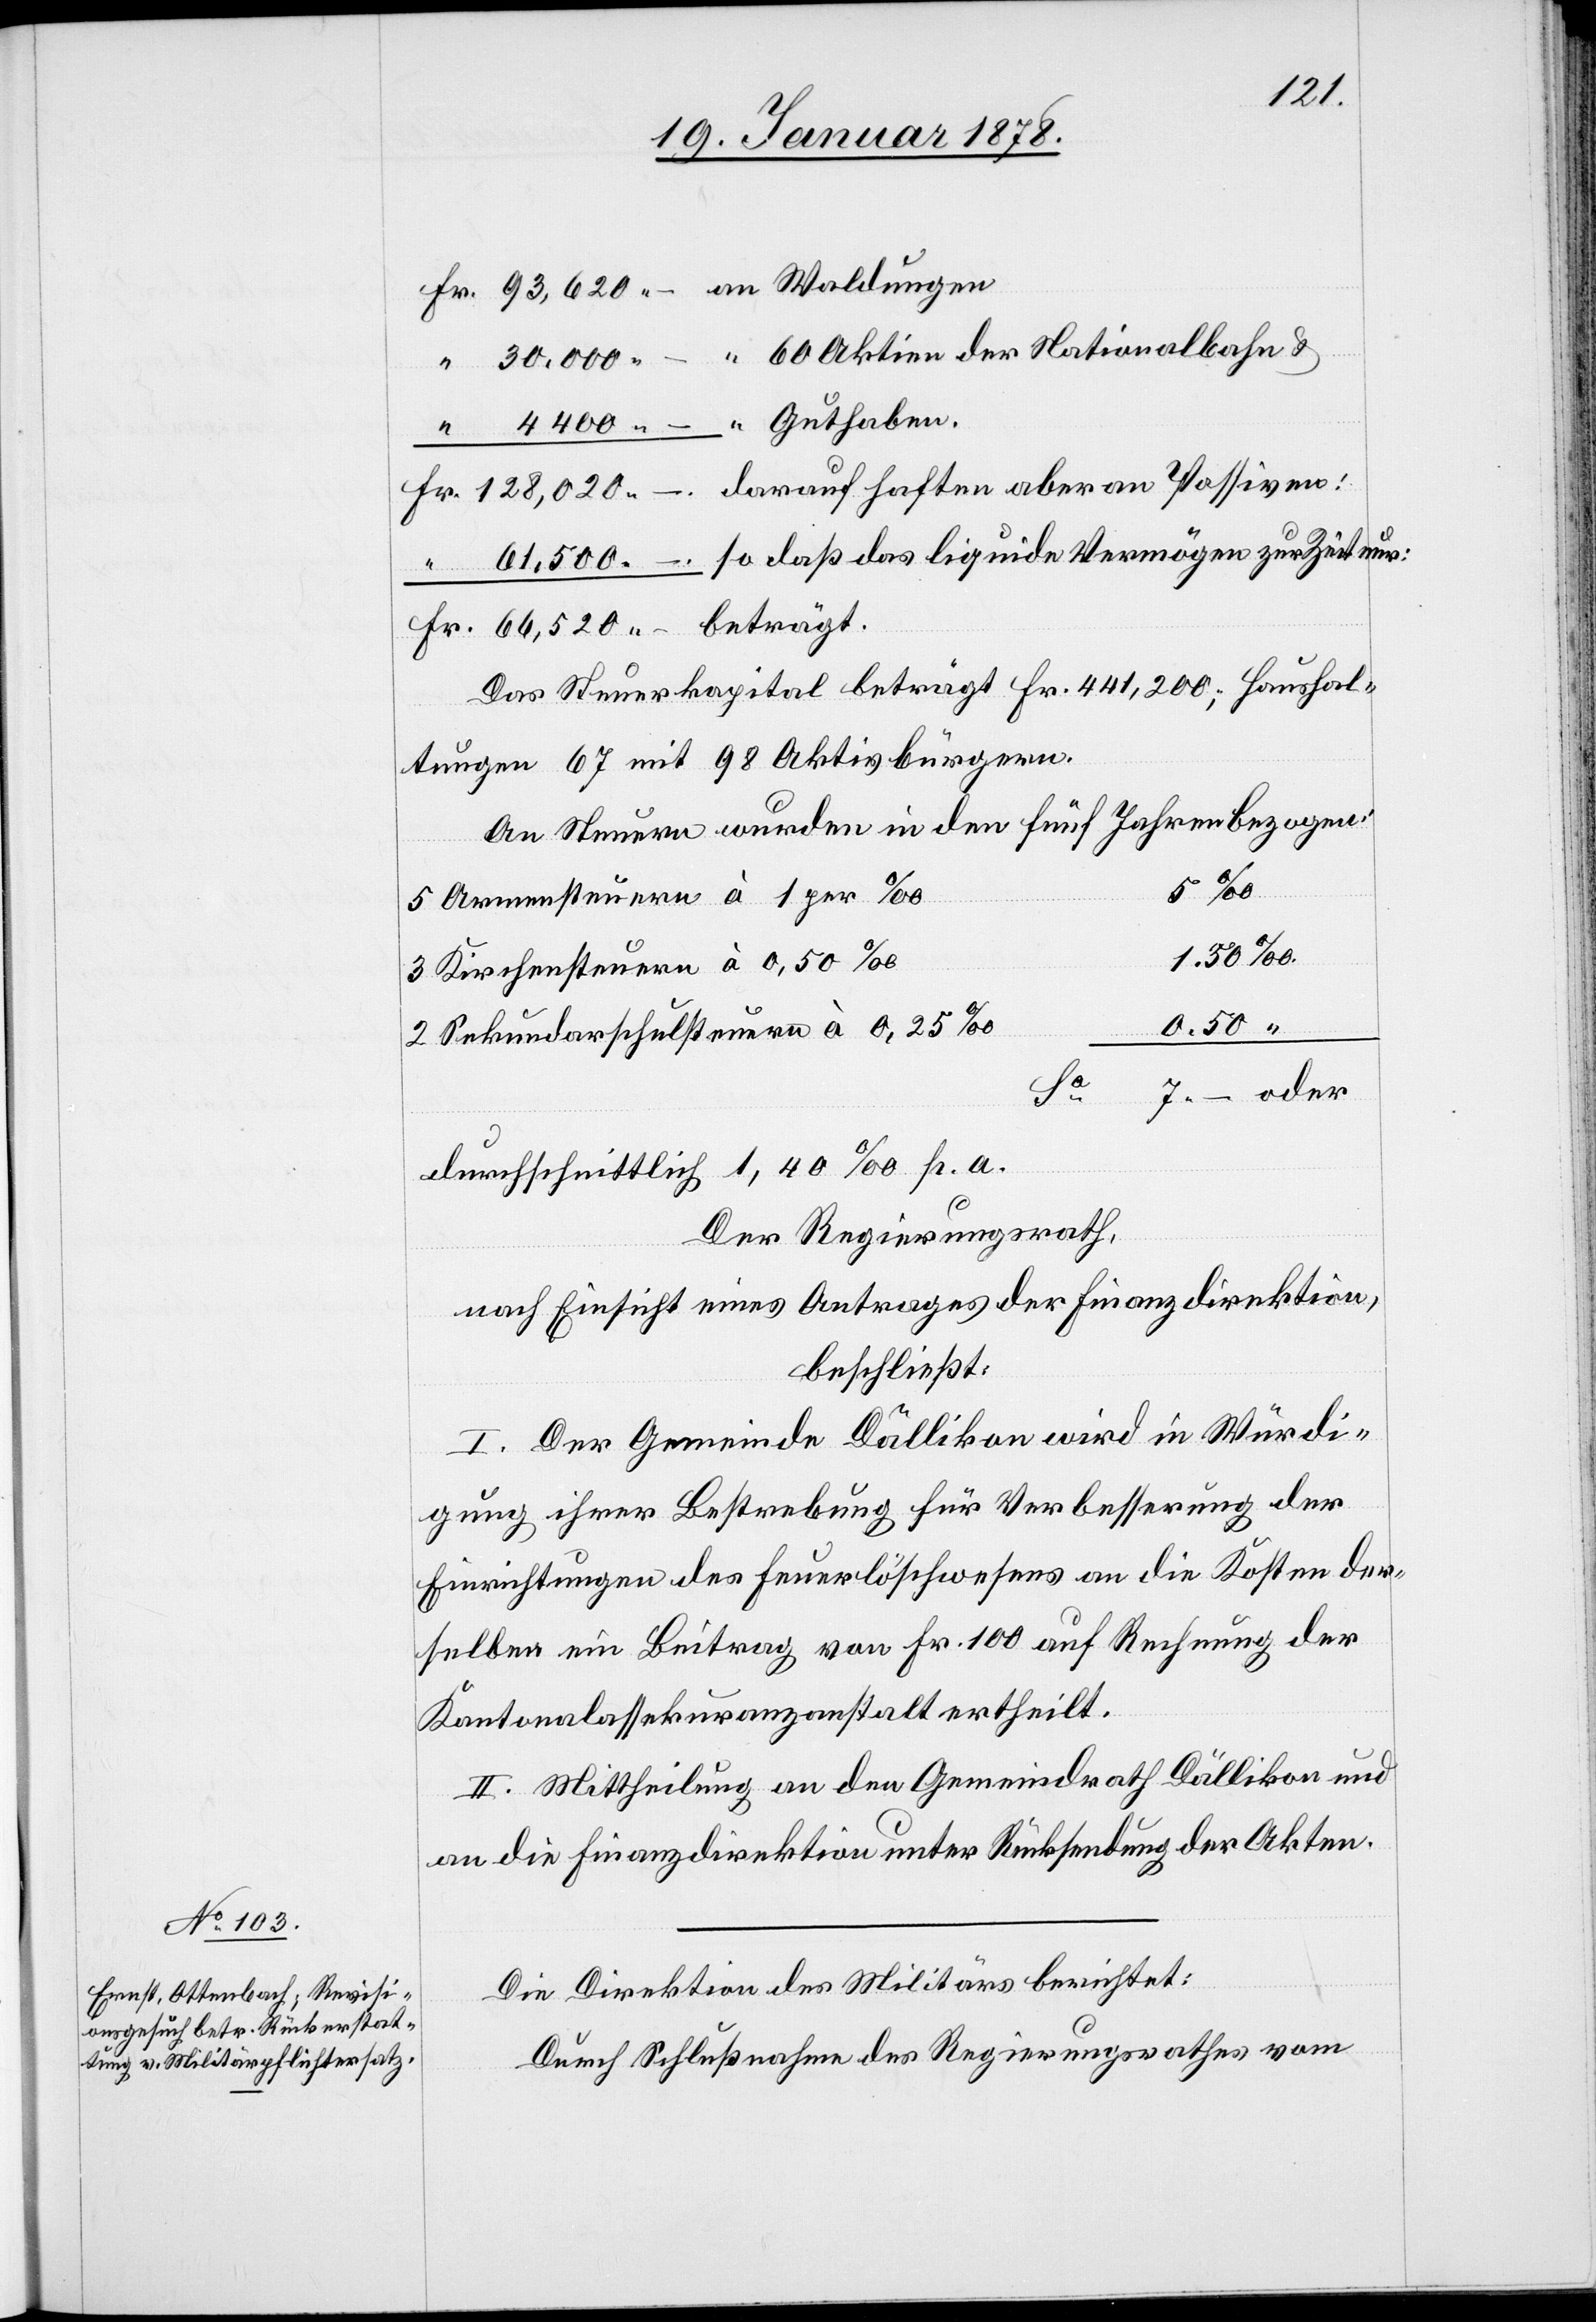
Das Steuerkapital beträgt Fr. 441,200, Haushal¬
tungen 67 mit 98 Aktivbürgern.
An Steuern wurde in den fünf Jahren bezogen:
nur:
5 Armensteuern à 1 per ‰
128,020.–
3 Kirchensteuern à 0,50‰
0.50 “
2 Sekundarschulsteuern à 0,25‰
7.– oder
Fr.
durchschnittlich 1,40‰ p. a.
Der Regierungsrath,
nach Einsicht eines Antrages der Finanzdirektion,
beschließt:
I. Der Gemeinde Dällikon wird in Würdi¬
gung ihrer Bestrebung für Verbesserung der
Einrichtungen des Feuerlöschwesens an die Kosten der¬
selben ein Beitrag von Fr. 100 auf Rechnung der
Kantonalassekuranzanstalt ertheilt.
II. Mittheilung an den Gemeindrath Dällikon und
an die Finanzdirektion unter Rücksendung der Akten.
Die Direktion des Militärs berichtet:
Durch Schlußnahme des Regierungsrathes vom